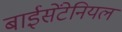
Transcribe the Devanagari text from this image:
बाईसेंटेनियल